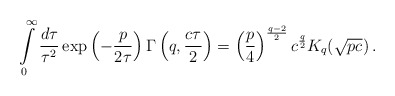
\begin{align*}\int\limits_0^\infty\frac{d\tau}{\tau^2}\,\mathrm{exp}\left(-\frac{p}{2\tau}\right)\Gamma\left(q,\frac{c\tau}2\right)= \left(\frac p4\right)^ {\frac{q-2}2}c^{\frac q2}K_q(\sqrt{pc})\,.\end{align*}